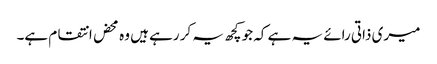
میری ذاتی رائے یہ ہے کہ جو کچھ یہ کر رہے ہیں وہ محض انتقام ہے۔